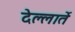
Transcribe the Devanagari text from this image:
देल्लार्ते